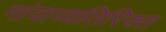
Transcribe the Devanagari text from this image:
नांवाव्यतिरिक्त